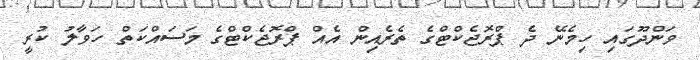
ވަންދޫގައި ހިމެނޭ ދެ ޕްރޮޖެކްޓްގެ ތެރެއިން އެއް ޕްރޮޖެކްޓްގެ މަސައްކަތް ހަވާލު ކުރީ